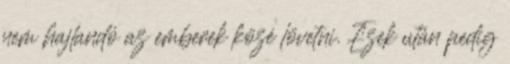
nem hajlandó az emberek közé lövetni. Ezek után pedig